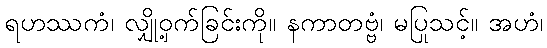
ရဟဿကံ၊ လျှို့ဝှက်ခြင်းကို။ နကာတဗ္ဗံ၊ မပြုသင့်။ အဟံ၊